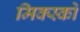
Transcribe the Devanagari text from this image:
मिक्स्को